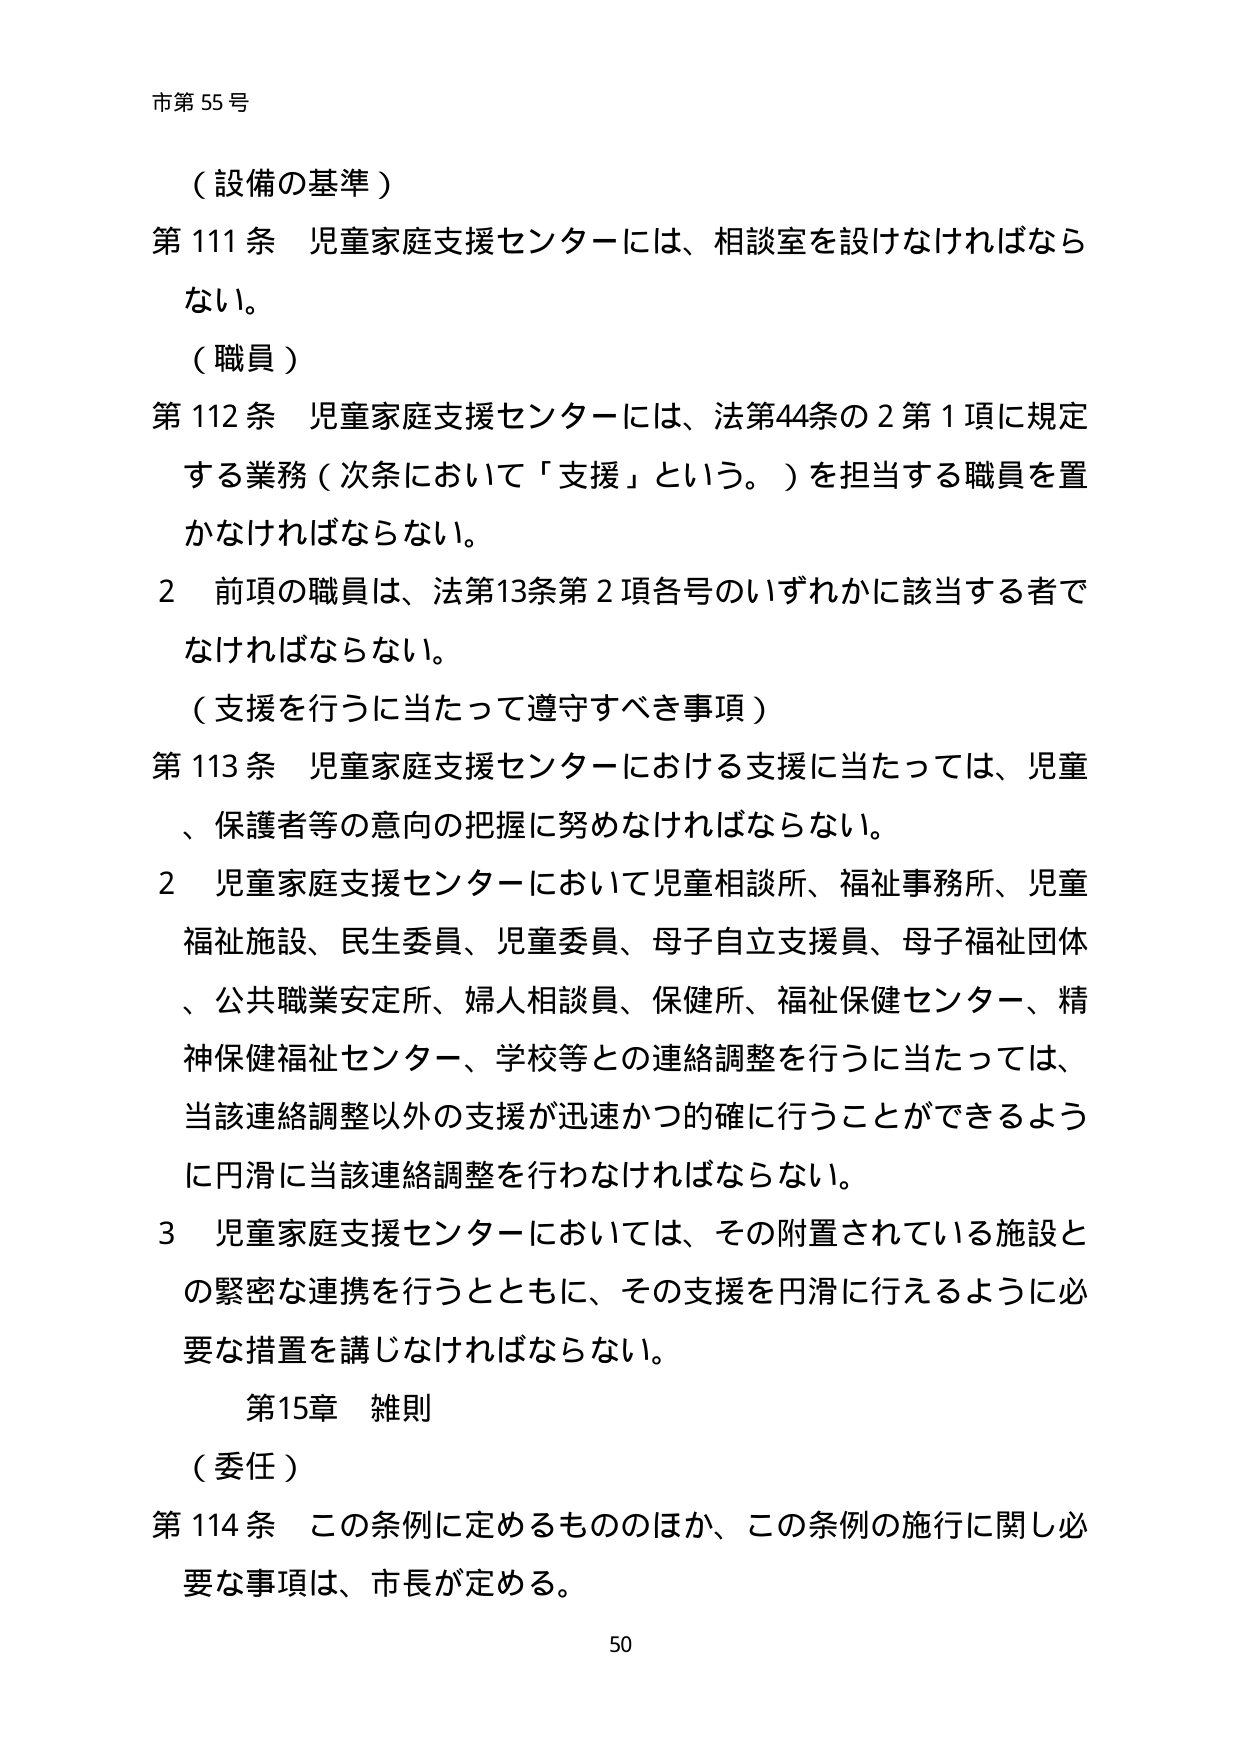
市第55号

（設備の基準）
第111条 児童家庭支援センターには、相談室を設けなければならない。

（職員）
第112条 児童家庭支援センターには、法第44条の2第1項に規定する業務（次条において「支援」という。）を担当する職員を置かなければならない。
2 前項の職員は、法第13条第2項各号のいずれかに該当する者でなければならない。

（支援を行うに当たって遵守すべき事項）
第113条 児童家庭支援センターにおける支援に当たっては、児童、保護者等の意向の把握に努めなければならない。
2 児童家庭支援センターにおいて児童相談所、福祉事務所、児童福祉施設、民生委員、児童委員、母子自立支援員、母子福祉団体、公共職業安定所、婦人相談員、保健所、福祉保健センター、精神保健福祉センター、学校等との連絡調整を行うに当たっては、当該連絡調整以外の支援が迅速かつ的確に行うことができるよう、円滑に当該連絡調整を行わなければならない。
3 児童家庭支援センターにおいては、その附置されている施設との緊密な連携を行うとともに、その支援を円滑に行えるように必要な措置を講じなければならない。

第15章 雑則

（委任）
第114条 この条例に定めるもののほか、この条例の施行に関し必要な事項は、市長が定める。

50